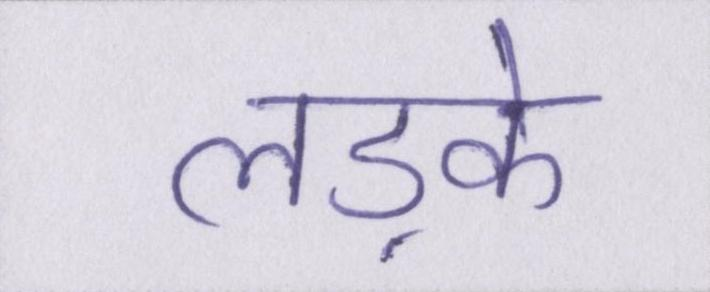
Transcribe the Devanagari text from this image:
लड़के